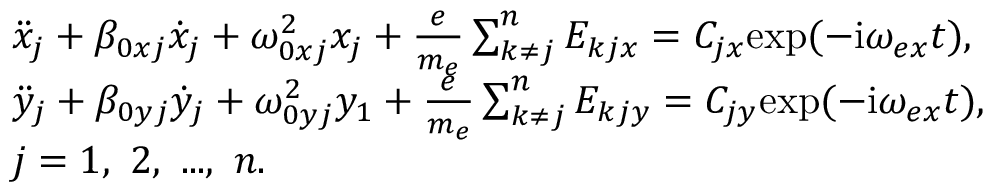
\centering \begin{array} { r l } & { \ddot { x } _ { j } + \beta _ { 0 x j } \dot { x } _ { j } + \omega _ { 0 x j } ^ { 2 } x _ { j } + \frac { e } { m _ { e } } \sum _ { k \neq j } ^ { n } E _ { k j x } = C _ { j x } \mathrm { e x p } ( - \mathrm { i } \omega _ { e x } t ) , } \\ & { \ddot { y } _ { j } + \beta _ { 0 y j } \dot { y } _ { j } + \omega _ { 0 y j } ^ { 2 } y _ { 1 } + \frac { e } { m _ { e } } \sum _ { k \neq j } ^ { n } E _ { k j y } = C _ { j y } \mathrm { e x p } ( - \mathrm { i } \omega _ { e x } t ) , } \\ & { j = 1 , ~ 2 , ~ . . . , ~ n . } \end{array}